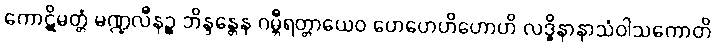
ကောဋိမတ္တံ မဏ္ဍလီနဉ္စ ဘိန္ဒန္တေန ဂမ္ဘီရတ္တာယေဝ ဟေဟေဟိဟောဟိ လဒ္ဓိနာနာသံဝါသကောတိ